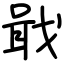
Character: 戢